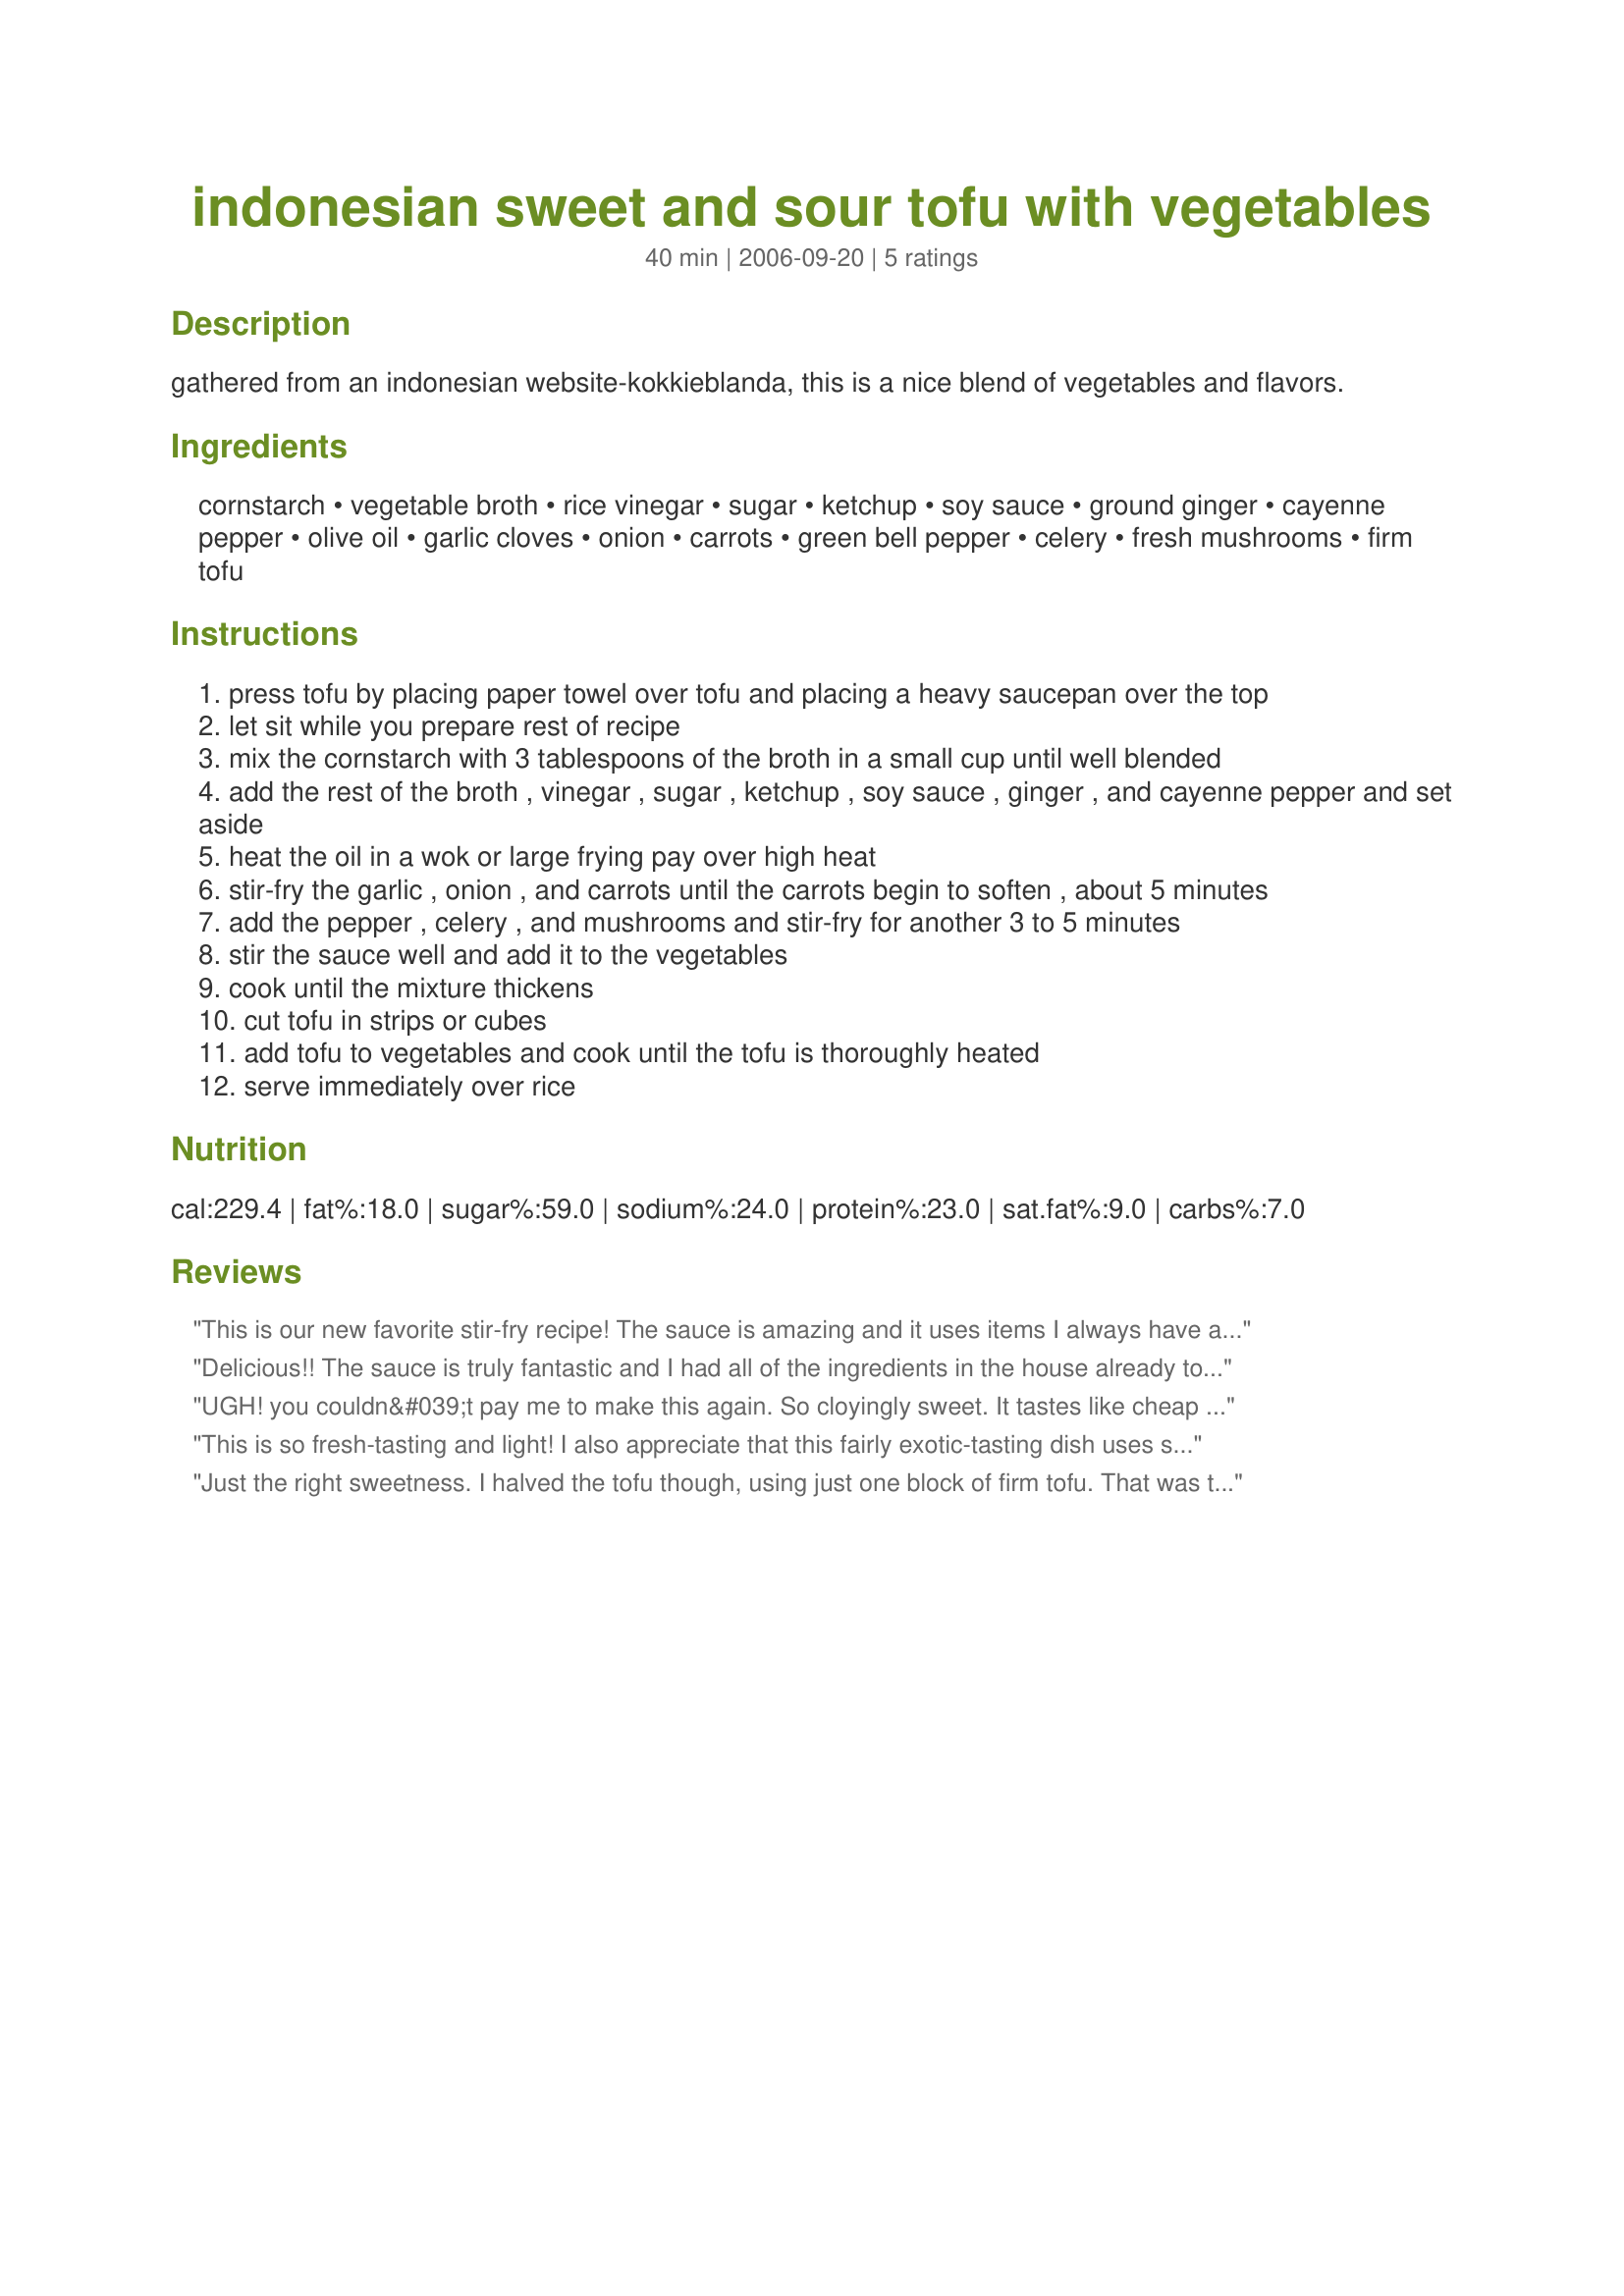
indonesian sweet and sour tofu with vegetables
Preparation time: 40 minutes

gathered from an indonesian website-kokkieblanda, this is a nice blend of vegetables and flavors.

Ingredients:
cornstarch, vegetable broth, rice vinegar, sugar, ketchup, soy sauce, ground ginger, cayenne pepper, olive oil, garlic cloves, onion, carrots, green bell pepper, celery, fresh mushrooms, firm tofu

Steps:
press tofu by placing paper towel over tofu and placing a heavy saucepan over the top
let sit while you prepare rest of recipe
mix the cornstarch with 3 tablespoons of the broth in a small cup until well blended
add the rest of the broth , vinegar , sugar , ketchup , soy sauce , ginger , and cayenne pepper and set aside
heat the oil in a wok or large frying pay over high heat
stir-fry the garlic , onion , and carrots until the carrots begin to soften , about 5 minutes
add the pepper , celery , and mushrooms and stir-fry for another 3 to 5 minutes
stir the sauce well and add it to the vegetables
cook until the mixture thickens
cut tofu in strips or cubes
add tofu to vegetables and cook until the tofu is thoroughly heated
serve immediately over rice

Reviews:
This is our new favorite stir-fry recipe! The sauce is amazing and it uses items I always have available! I did marinate and fry the tofu first, as I do with all stir-fries, it gives the tofu a much better flavor and texture in the dish. Thank you so much for posting this great recipe! We will definitely be making it again :)
Delicious!! The sauce is truly fantastic and I had all of the ingredients in the house already to make this other than the mushrooms. Outside of that, I made this recipe as written adding in a full 1/2 teaspoon of the cayenne. Wonderful recipe Sharon, thank you for sharing!
UGH! you couldn&#039;t pay me to make this again. So cloyingly sweet. It tastes like cheap Chinese except you stood for 35 minutes matchsticking carrots, celery, and pepper. I followed instructions exactly, with one exception: I used a red bell pepper instead of a green bell pepper. I&#039;m so upset I wasted so many vegetables but I simply cannot stand the taste of this, even having drained away much of the sauce. If you do decide to make this I&#039;d cut down on the sugar and vinegar.
This is so fresh-tasting and light! I also appreciate that this fairly exotic-tasting dish uses stuff you can easily get at a regular grocery store. I didn't add the cayenne, by the way, and then wished I had after I was done preparing it (nothing that a little sriracha can't fix, though). Thanks for sharing!
Just the right sweetness. I halved the tofu though, using just one block of firm tofu. That was the right amount, but I made the full recipe other than that. I used enoki mushrooms, red instead of green bell pepper, and I added diagonally cut bok choy when I added the tofu cubes. It was delicious. My husband said it needed more green (we didn't use the green pepper) so my leftovers which are amazing! have some fresh de-stemmed and de-veined, roughly chopped kale that had been tossed with some olive oil and sea salt earlier today. OMG! I had a hard time stopping the fork before storing it away for tomorrow's lunch.
